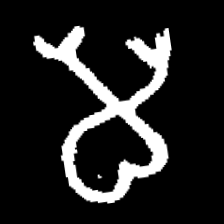
Pyu character \u2014 Myanmar letter: မ (romanized: ma)